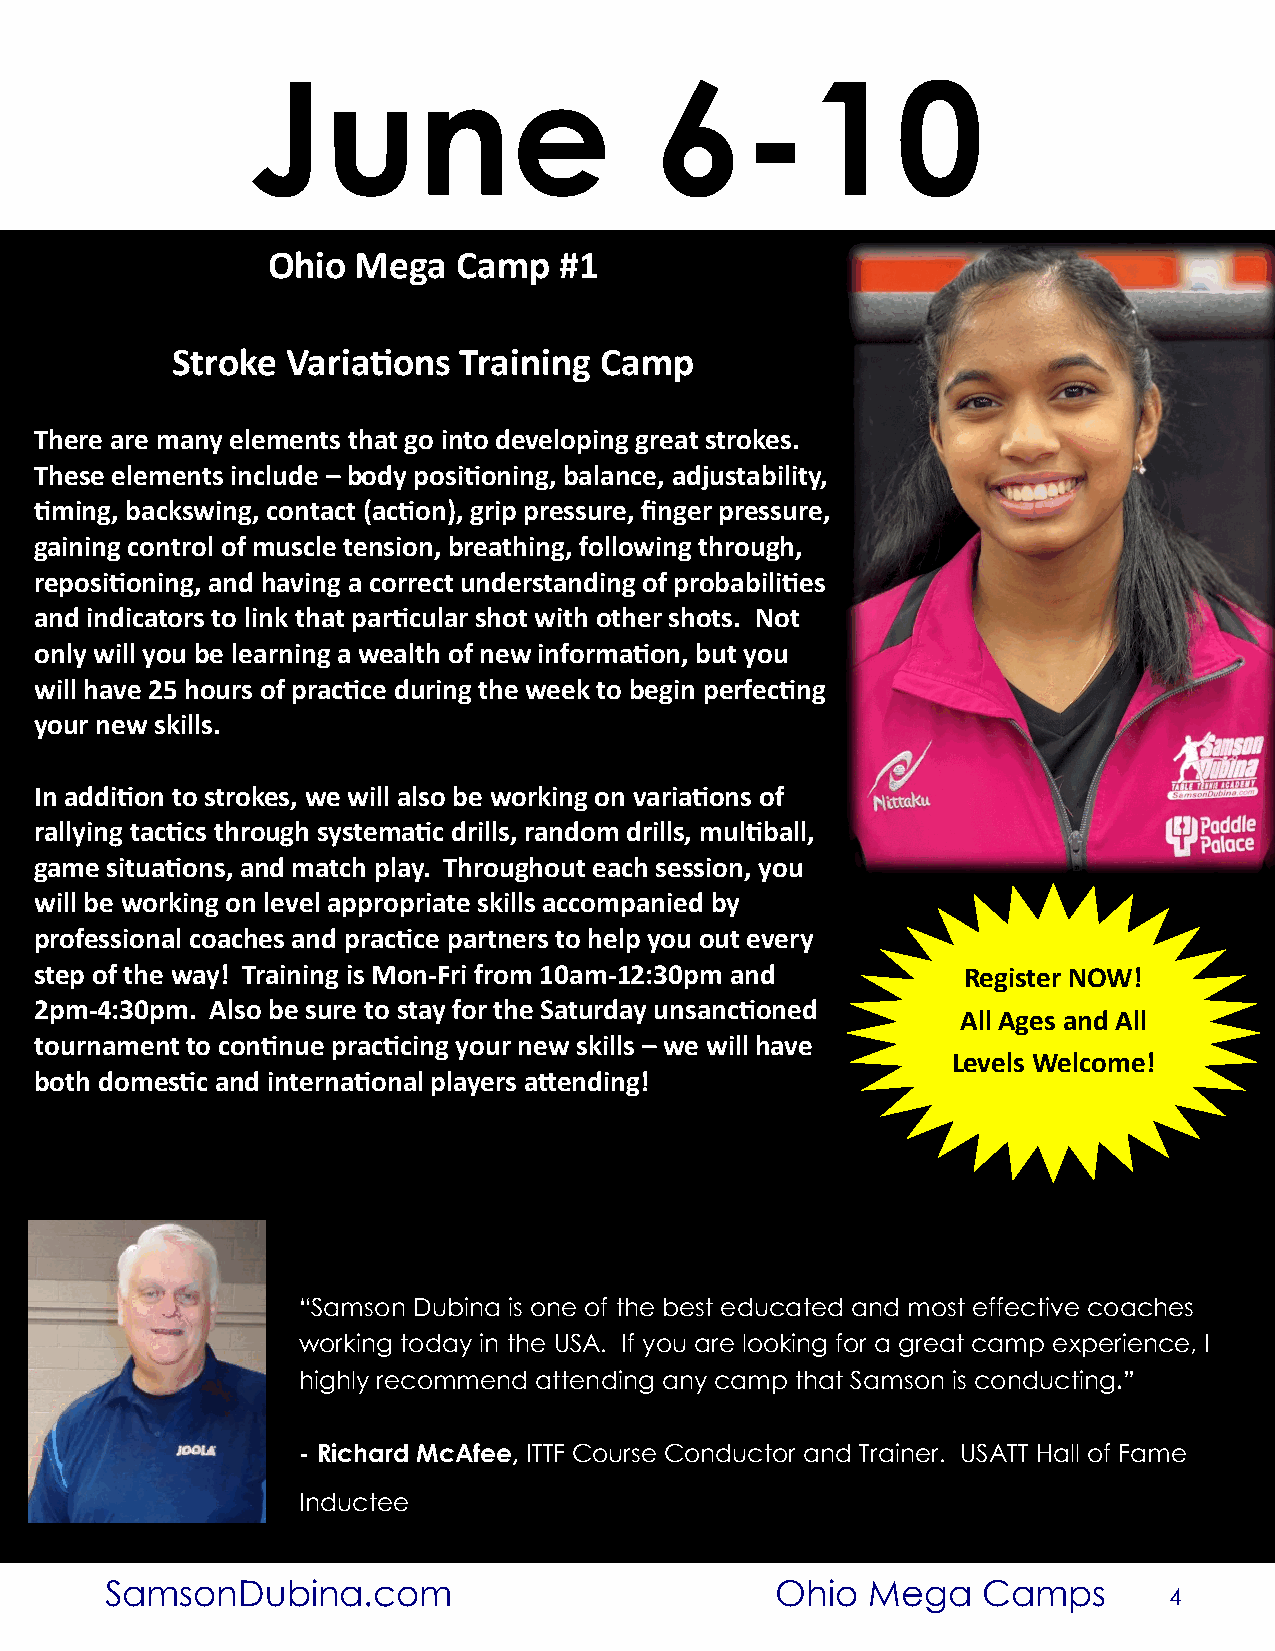
Week  1, June 4-7, 2018
 June                       6-10
 Ohio  Mega  Camp   #1
 Stroke  Variations Training  Camp
 There are many elements that go into developing great strokes.
 These elements include – body positioning, balance, adjustability,
 timing, backswing, contact (action), grip pressure, finger pressure,
 gaining control of muscle tension, breathing, following through,
 repositioning, and having a correct understanding of probabilities
 and indicators to link that particular shot with other shots. Not
 only will you be learning a wealth of new information, but you
 will have 25 hours of practice during the week to begin perfecting
 your new skills.
 In addition to strokes, we will also be working on variations of
 rallying tactics through systematic drills, random drills, multiball,
 game situations, and match play. Throughout each session, you
 will be working on level appropriate skills accompanied by
 professional coaches and practice partners to help you out every
 step of the way! Training is Mon-Fri from 10am-12:30pm and    Register NOW!
 2pm-4:30pm. Also be sure to stay for the Saturday unsanctioned
 All Ages and All
 tournament to continue practicing your new skills – we will have
 Levels Welcome!
 both domestic and international players attending!
 “Samson Dubina is one of the best educated and most effective coaches
 working today in the USA. If you are looking for a great camp experience, I
 highly recommend attending any camp that Samson is conducting.”
 - Richard McAfee, ITTF Course Conductor and Trainer. USATT Hall of Fame
 Inductee
 SamsonDubina.com                            Ohio  Mega    Camps
 4